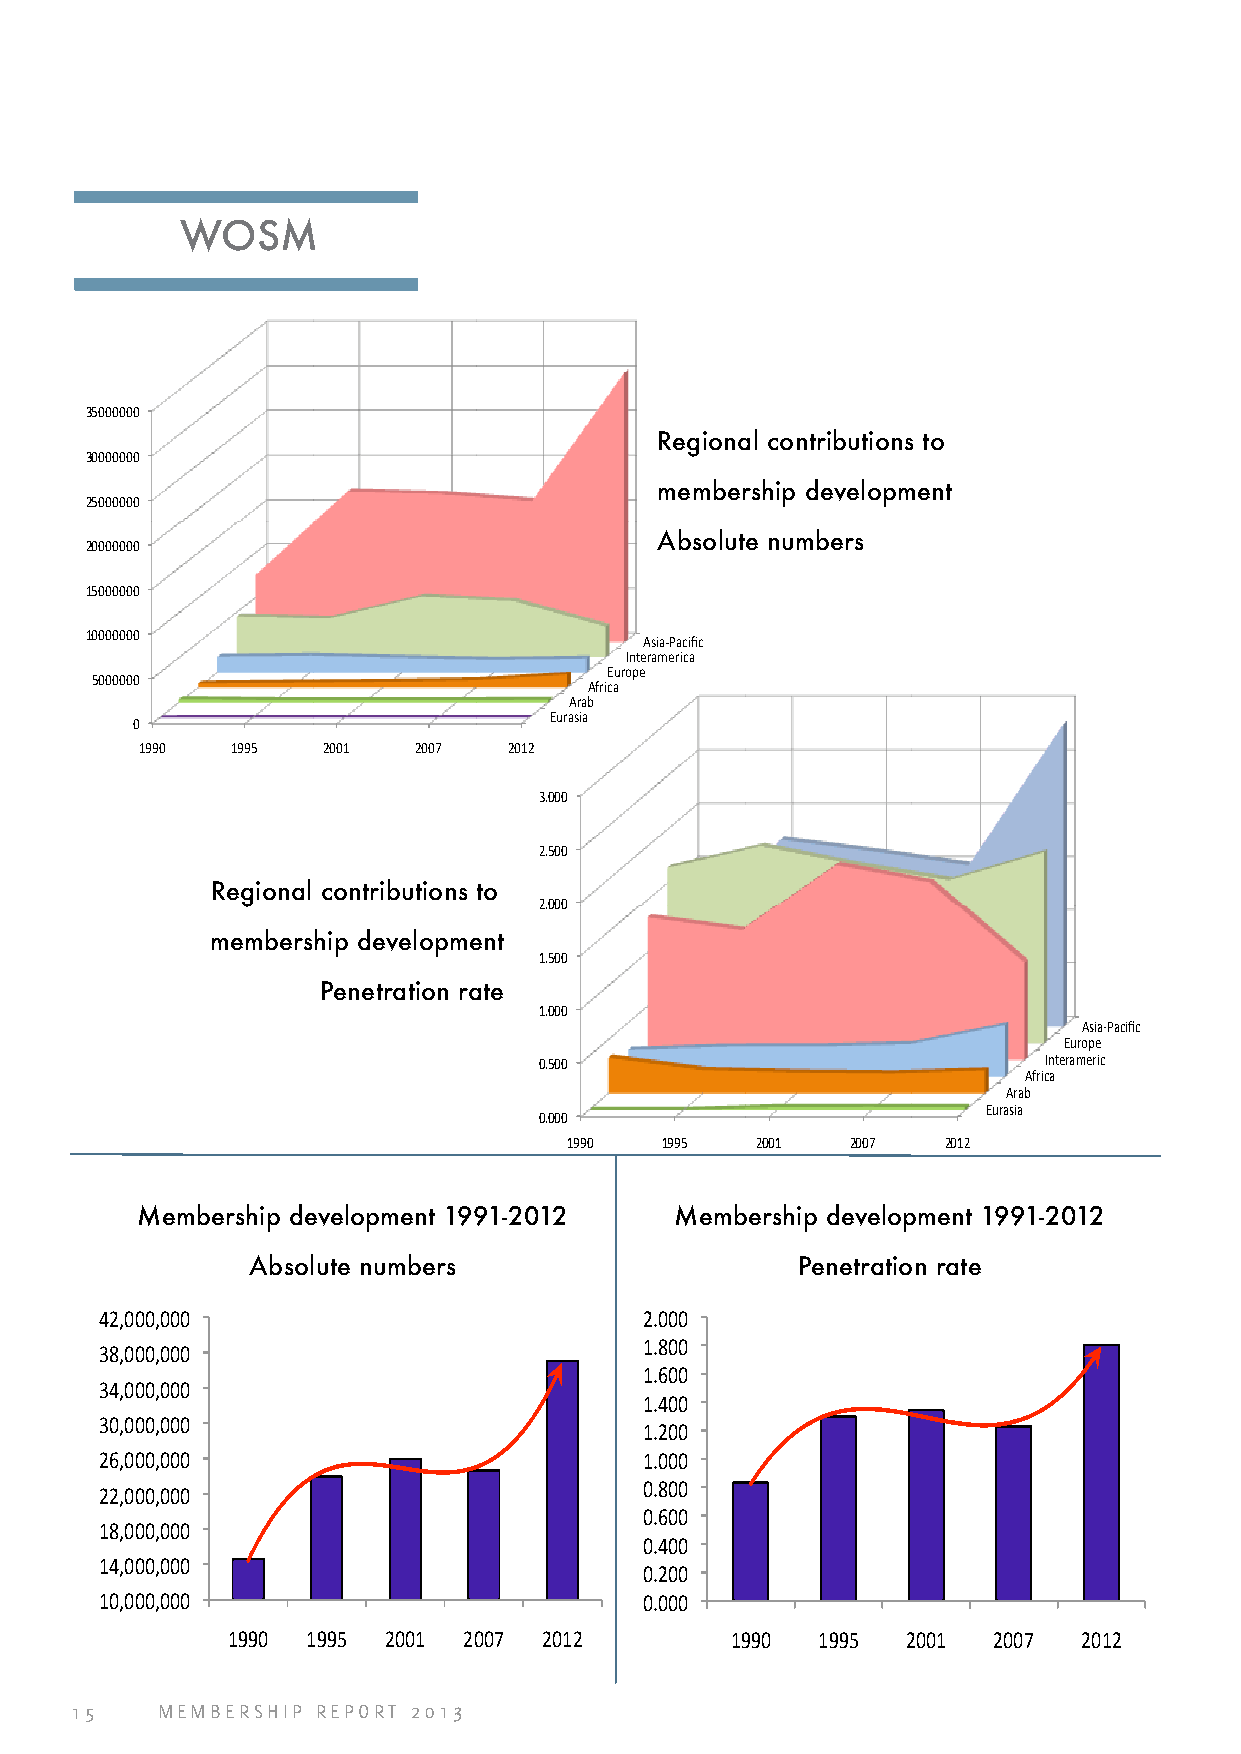
WOSM
 35000000
 Regional contributions to
 30000000
 membership development
 25000000
 Absolute numbers
 20000000
 15000000
 10000000
 Asia-­‐Pacific
 Interamerica
 Europe
 5000000
 Africa
 Arab
 Eurasia
 0
 1990  1995  2001  2007   2012
 3.000
 2.500
 Regional contributions to
 2.000
 membership development
 1.500
 Penetration rate
 1.000
 Asia-­‐Pacific
 Europe
 0.500                            Interameric
 Africa a
 Arab
 Eurasia
 0.000
 1990  1995  2001  2007   2012
 Membership development 1991-2012    Membership development 1991-2012
 Absolute numbers                     Penetration rate
 42,000,000                          2.000
 1.800
 38,000,000
 1.600
 34,000,000
 1.400
 30,000,000
 1.200
 26,000,000                          1.000
 0.800
 22,000,000
 0.600
 18,000,000
 0.400
 14,000,000
 0.200
 10,000,000                          0.000
 1990 1995 2001  2007 2012        1990  1995  2001  2007  2012
 15   MEMBERSHIP REPORT 2013